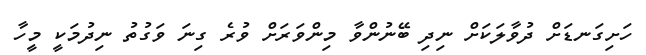
ހަށިގަނޑަށް ދުވާލަކަށް ނިދި ބޭނުންވާ މިންވަރަށް ވުރެ ގިނަ ވަގުތު ނިދުމަކީ މީހާ